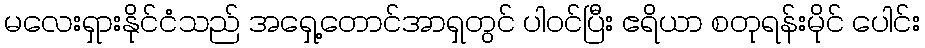
မလေးရှားနိုင်ငံသည် အရှေ့တောင်အာရှတွင် ပါဝင်ပြီး ဧရိယာ စတုရန်းမိုင် ပေါင်း